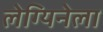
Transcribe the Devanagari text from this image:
लेग्यिनेला